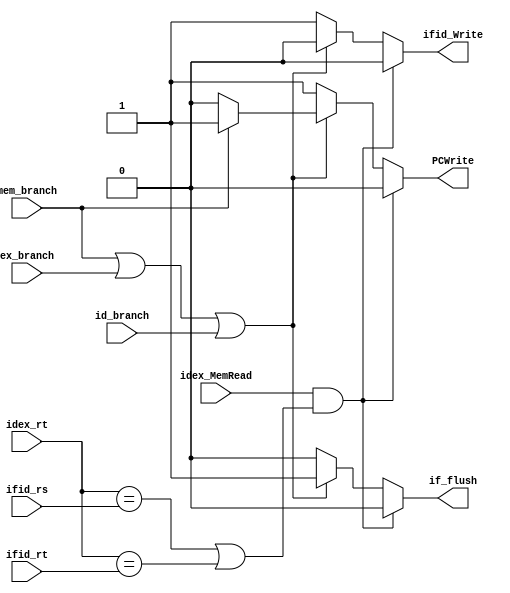
`timescale 1ns / 1ps
//////////////////////////////////////////////////////////////////////////////////
// Company: 
// Engineer: 
// 
// Design Name: 
// Module Name:    Hazard_Detection_Unit 
// Project Name: 
// Target Devices: 
// Tool versions: 
// Description: 
//
// Dependencies: 
//
// Revision: 
// Revision 0.01 - File Created
// Additional Comments: 
//
//////////////////////////////////////////////////////////////////////////////////
//0316303fM_0316309S
module Hazard_Detection_Unit(
	idex_MemRead,
	idex_rt,
	ifid_rs,
	ifid_rt,
	PCWrite,
	ifid_Write,
	if_flush,
	mem_branch,
	ex_branch,
	id_branch
    );
input  		 idex_MemRead;
input  [4:0] idex_rt;
input  [4:0] ifid_rs;
input  [4:0] ifid_rt;
input  		 ex_branch;
input  		 id_branch;
input  		 mem_branch;
output	reg PCWrite;
output	reg ifid_Write;
output	reg if_flush;

parameter beq = 6'b000100; //4
parameter bne = 6'b000101; //5

always@(*)begin
	if(idex_MemRead && ((idex_rt==ifid_rs) || (idex_rt==ifid_rt)))
	begin
		PCWrite <= 0;
		ifid_Write <= 0;
		if_flush <= 0;
	end
	else if(mem_branch | ex_branch | id_branch )
	begin
		if(mem_branch)
			PCWrite <= 1;
		else 
			PCWrite <= 0;
		ifid_Write <= 0;
		if_flush <= 1;
	end
	else
	begin
		PCWrite <= 1;
		ifid_Write <= 1;
		if_flush <= 0;
	end
end

endmodule